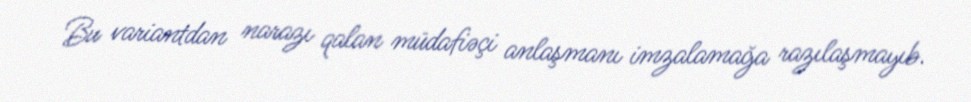
Bu variantdan narazı qalan müdafiəçi anlaşmanı imzalamağa razılaşmayıb.